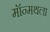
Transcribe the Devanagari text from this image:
मॉन्मथला